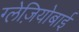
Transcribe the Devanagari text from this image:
ग्लेज़ियोबाई